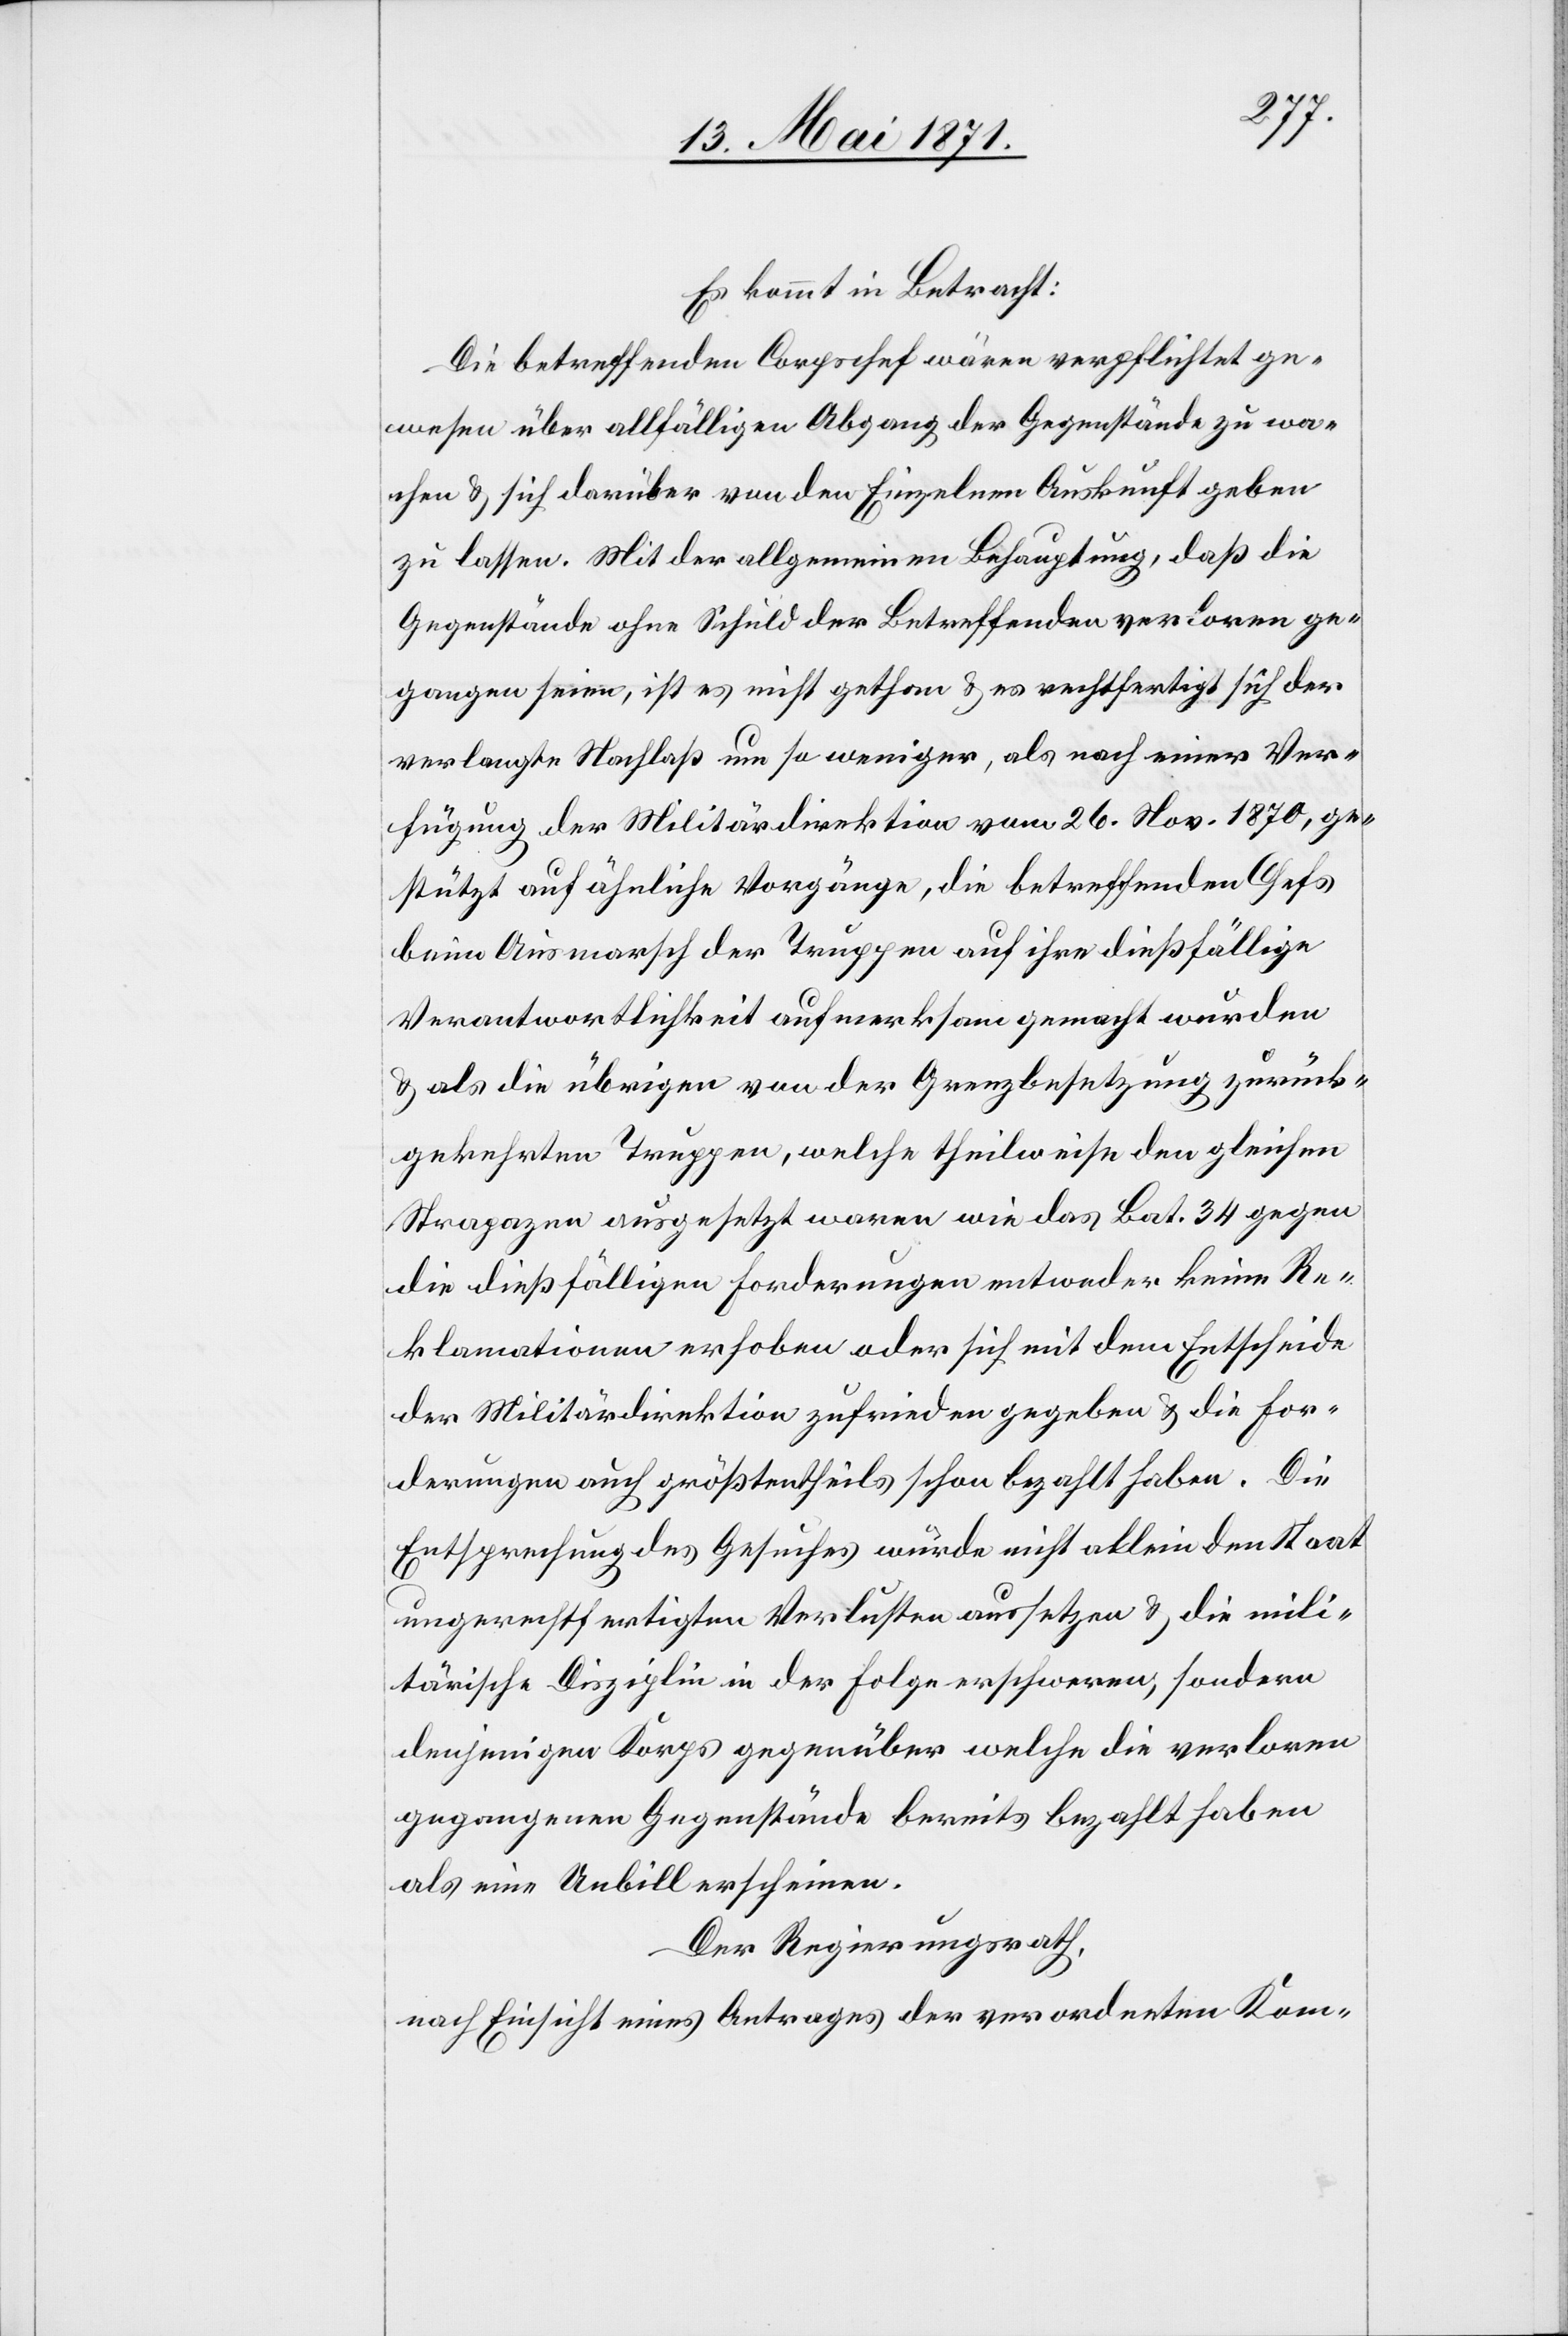
Es kommt in Betracht:
Die betreffenden Corpschef wären verpflichtet ge¬
wesen über allfälligen Abgang der Gegenstände zu wa¬
chen u. sich darüber von den Einzelnen Auskunft geben
zu lassen. Mit der allgemeinen Behauptung, daß die
Gegenstände ohne Schuld der Betreffenden verloren ge¬
gangen seien, ist es nicht gethan u. es rechtfertigt sich der
verlangte Nachlaß um so weniger, als nach einer Ver¬
fügung der Militärdirektion vom 26. Nov. 1870, ge¬
stützt auf ähnliche Vorgänge, die betreffenden Chefs
beim Ausmarsch der Truppen auf ihre dießfällige
Verantwortlichkeit aufmerksam gemacht wurden
u. als die übrigen von der Grenzbesetzung zurück¬
gekehrten Truppen, welche theilweise den gleichen
Strapazen ausgesetzt waren wie das Bat. 34 gegen
die dießfälligen Forderungen entweder keine Re¬
klamationen erhoben oder sich mit dem Entscheide
der Militärdirektion zufrieden gegeben u. die For¬
derungen auch größtentheils schon bezahlt haben. Die
Entsprechung des Gesuches würde nicht allein den Staat
ungerechtfertigten Verlusten aussetzen u. die mili¬
tärische Disziplin in der Folge erschweren, sondern
denjenigen Korps gegenüber welche die verloren
gegangenen Gegenstände bereits bezahlt haben
als eine Unbill erscheinen.
Der Regierungsrath,
nach Einsicht eines Antrages der verordneten Kom-